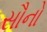
સૌનો